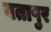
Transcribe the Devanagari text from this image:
वतापुर